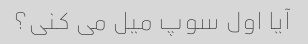
آیا اول سوپ میل می کنی؟